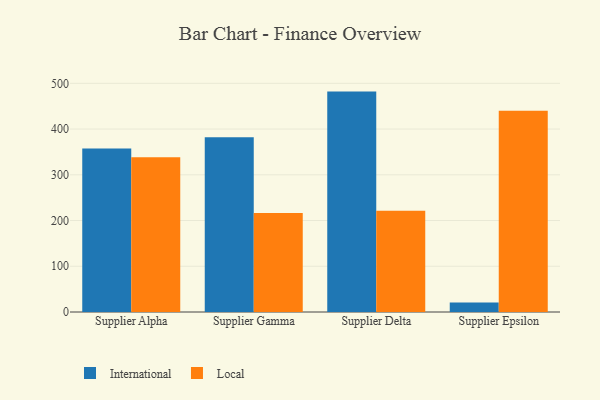
{"axis": {"x": "Supplier", "y": "Website Visitors"}, "legend": ["International", "Local"], "data": [{"x": "Supplier Alpha", "y": 357.6, "type": "International"}, {"x": "Supplier Alpha", "y": 338.1, "type": "Local"}, {"x": "Supplier Gamma", "y": 382.2, "type": "International"}, {"x": "Supplier Gamma", "y": 216.6, "type": "Local"}, {"x": "Supplier Delta", "y": 481.9, "type": "International"}, {"x": "Supplier Delta", "y": 221.3, "type": "Local"}, {"x": "Supplier Epsilon", "y": 20.6, "type": "International"}, {"x": "Supplier Epsilon", "y": 439.8, "type": "Local"}]}